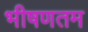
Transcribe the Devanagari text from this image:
भीषणतम